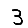
Digit: 3